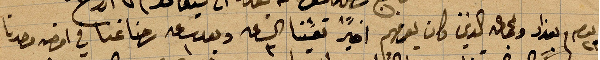
يوم بغداد والجماعة الذين كان يعرفهم اخيرًا تعشينا الساعة ٣ وبعد ساعة ١ رحنا غنا في امضى وحدنا